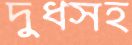
দুধসহ